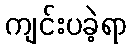
ကျင်းပခဲ့ရာ